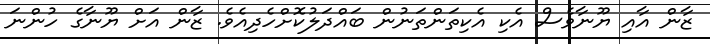
ޒާން އާއި ޔޫނާވެސް އެކި އެކިތަންތަނުން ބައްދަލުކޮށްހެދިއެވެ. ޒާން އަށް ޔޫނާގެ ހުންނަ